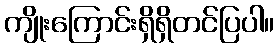
ကျိုးကြောင်းရှိရှိတင်ပြပါ။